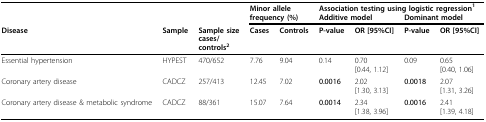
|  |  |  | <COLSPAN=2> Minor allele | <COLSPAN=4> Association testing using logistic regression1 |
 |  |  |  | <COLSPAN=2> frequency (%) | <COLSPAN=2> Additive model | <COLSPAN=2> Dominant model |
 | Disease | Sample | Sample sizecases/controls2 | Cases | Controls | P-value | OR [95%CI] | P-value | OR [95%CI] |
 | --- | --- | --- | --- | --- | --- | --- | --- | --- |
 | Essential hypertension | HYPEST | 470/652 | 7.76 | 9.04 | 0.14 | 0.70[0.44, 1.12] | 0.09 | 0.65[0.40, 1.06] |
 | Coronary artery disease | CADCZ | 257/413 | 12.45 | 7.02 | 0.0016 | 2.02[1.30, 3.13] | 0.0018 | 2.07[1.31, 3.26] |
 | Coronary artery disease & metabolic syndrome | CADCZ | 88/361 | 15.07 | 7.64 | 0.0014 | 2.34[1.38, 3.96] | 0.0016 | 2.41[1.39, 4.18] |